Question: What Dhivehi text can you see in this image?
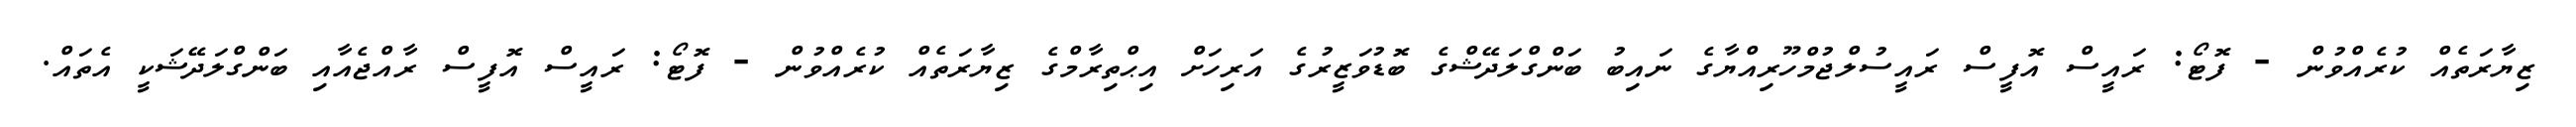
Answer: ޒިޔާރަތެއް ކުރެއްވުން - ފޮޓޯ: ރައީސް އޮފީސް ރައީސުލްޖުމްހޫރިއްޔާގެ ނައިބު ބަންގްލަދޭޝްގެ ބޮޑުވަޒީރުގެ އަރިހަށް އިޙްތިރާމްގެ ޒިޔާރަތެއް ކުރެއްވުން - ފޮޓޯ: ރައީސް އޮފީސް ރާއްޖެއާއި ބަންގްލަދޭޝަކީ އެތައް.